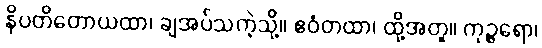
နိပတိတောယထာ၊ ချအပ်သကဲ့သို့။ ဧဝံတထာ၊ ထို့အတူ။ ကုဉ္ဇရော၊